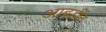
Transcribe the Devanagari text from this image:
आबर्डीन